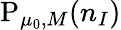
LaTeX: \mathrm{P}_{\mu_{0},M}(n_{I})